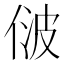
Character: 𬾢